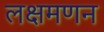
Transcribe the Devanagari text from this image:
लक्षमणन